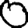
Digit: 0